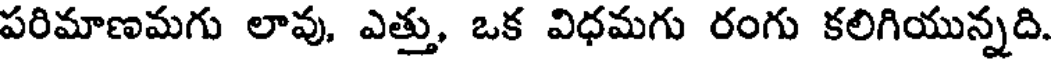
పరిమాణమగు లావు, ఎత్తు, ఒక విధమగు రంగు కలిగియున్నది.